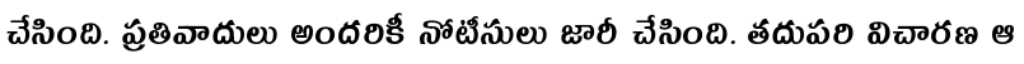
చేసింది. ప్రతివాదులు అందరికీ నోటీసులు జారీ చేసింది. తదుపరి విచారణ ఆ